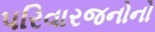
પરિવારજનોનો